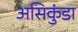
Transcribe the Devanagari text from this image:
असिकुंडा